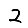
Digit: 2